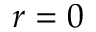
r = 0